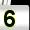
Digit: 5